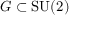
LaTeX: G \subset { \mathrm { S U } } ( 2 )